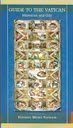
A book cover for Guide to the Vatican: Museums and City; Travel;